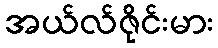
အယ်လ်ဇိုင်းမား